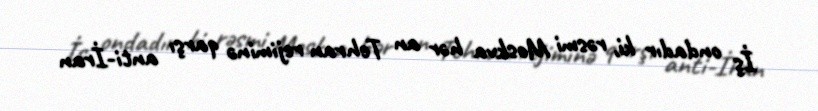
İş ondadır ki, rəsmi Moskva hər an Tehran rejiminə qarşı anti-İran